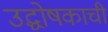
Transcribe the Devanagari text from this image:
उद्घोषकाची